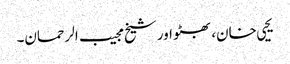
یحیی خان، بھٹو اور شیخ مجیب الرحمان۔